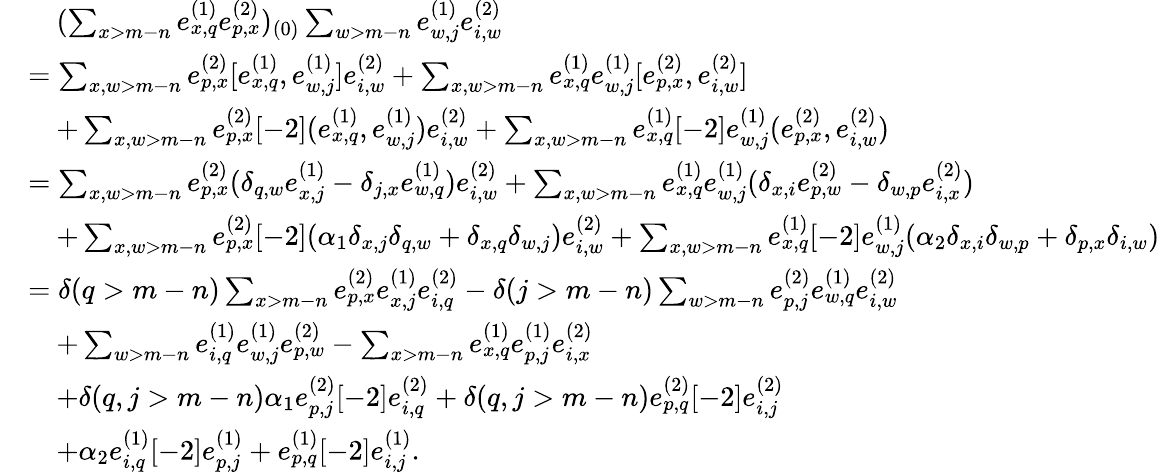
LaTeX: \begin{array}{rl}&{\quad(\sum_{x>m-n}e_{x,q}^{(1)}e_{p,x}^{(2)})_{(0)}\sum_{w>m-n}e_{w,j}^{(1)}e_{i,w}^{(2)}}\\ &{=\sum_{x,w>m-n}e_{p,x}^{(2)}[e_{x,q}^{(1)},e_{w,j}^{(1)}]e_{i,w}^{(2)}+\sum_{x,w>m-n}e_{x,q}^{(1)}e_{w,j}^{(1)}[e_{p,x}^{(2)},e_{i,w}^{(2)}]}\\ &{\quad+\sum_{x,w>m-n}e_{p,x}^{(2)}[-2](e_{x,q}^{(1)},e_{w,j}^{(1)})e_{i,w}^{(2)}+\sum_{x,w>m-n}e_{x,q}^{(1)}[-2]e_{w,j}^{(1)}(e_{p,x}^{(2)},e_{i,w}^{(2)})}\\ &{=\sum_{x,w>m-n}e_{p,x}^{(2)}(\delta_{q,w}e_{x,j}^{(1)}-\delta_{j,x}e_{w,q}^{(1)})e_{i,w}^{(2)}+\sum_{x,w>m-n}e_{x,q}^{(1)}e_{w,j}^{(1)}(\delta_{x,i}e_{p,w}^{(2)}-\delta_{w,p}e_{i,x}^{(2)})}\\ &{\quad+\sum_{x,w>m-n}e_{p,x}^{(2)}[-2](\alpha_{1}\delta_{x,j}\delta_{q,w}+\delta_{x,q}\delta_{w,j})e_{i,w}^{(2)}+\sum_{x,w>m-n}e_{x,q}^{(1)}[-2]e_{w,j}^{(1)}(\alpha_{2}\delta_{x,i}\delta_{w,p}+\delta_{p,x}\delta_{i,w})}\\ &{=\delta(q>m-n)\sum_{x>m-n}e_{p,x}^{(2)}e_{x,j}^{(1)}e_{i,q}^{(2)}-\delta(j>m-n)\sum_{w>m-n}e_{p,j}^{(2)}e_{w,q}^{(1)}e_{i,w}^{(2)}}\\ &{\quad+\sum_{w>m-n}e_{i,q}^{(1)}e_{w,j}^{(1)}e_{p,w}^{(2)}-\sum_{x>m-n}e_{x,q}^{(1)}e_{p,j}^{(1)}e_{i,x}^{(2)}}\\ &{\quad+\delta(q,j>m-n)\alpha_{1}e_{p,j}^{(2)}[-2]e_{i,q}^{(2)}+\delta(q,j>m-n)e_{p,q}^{(2)}[-2]e_{i,j}^{(2)}}\\ &{\quad+\alpha_{2}e_{i,q}^{(1)}[-2]e_{p,j}^{(1)}+e_{p,q}^{(1)}[-2]e_{i,j}^{(1)}.}\end{array}